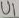
Text: U1